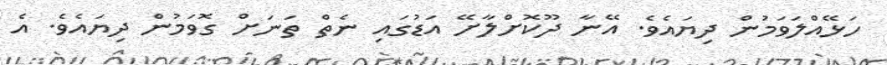
ހަޅޭއްލަވަމުން ދިޔައެވެ. އޭނާ ދޫކޮށްލާށޭ އަޑުގައި ނެތް ތަނަށް ގޮވަމުން ދިޔައެވެ. އެ